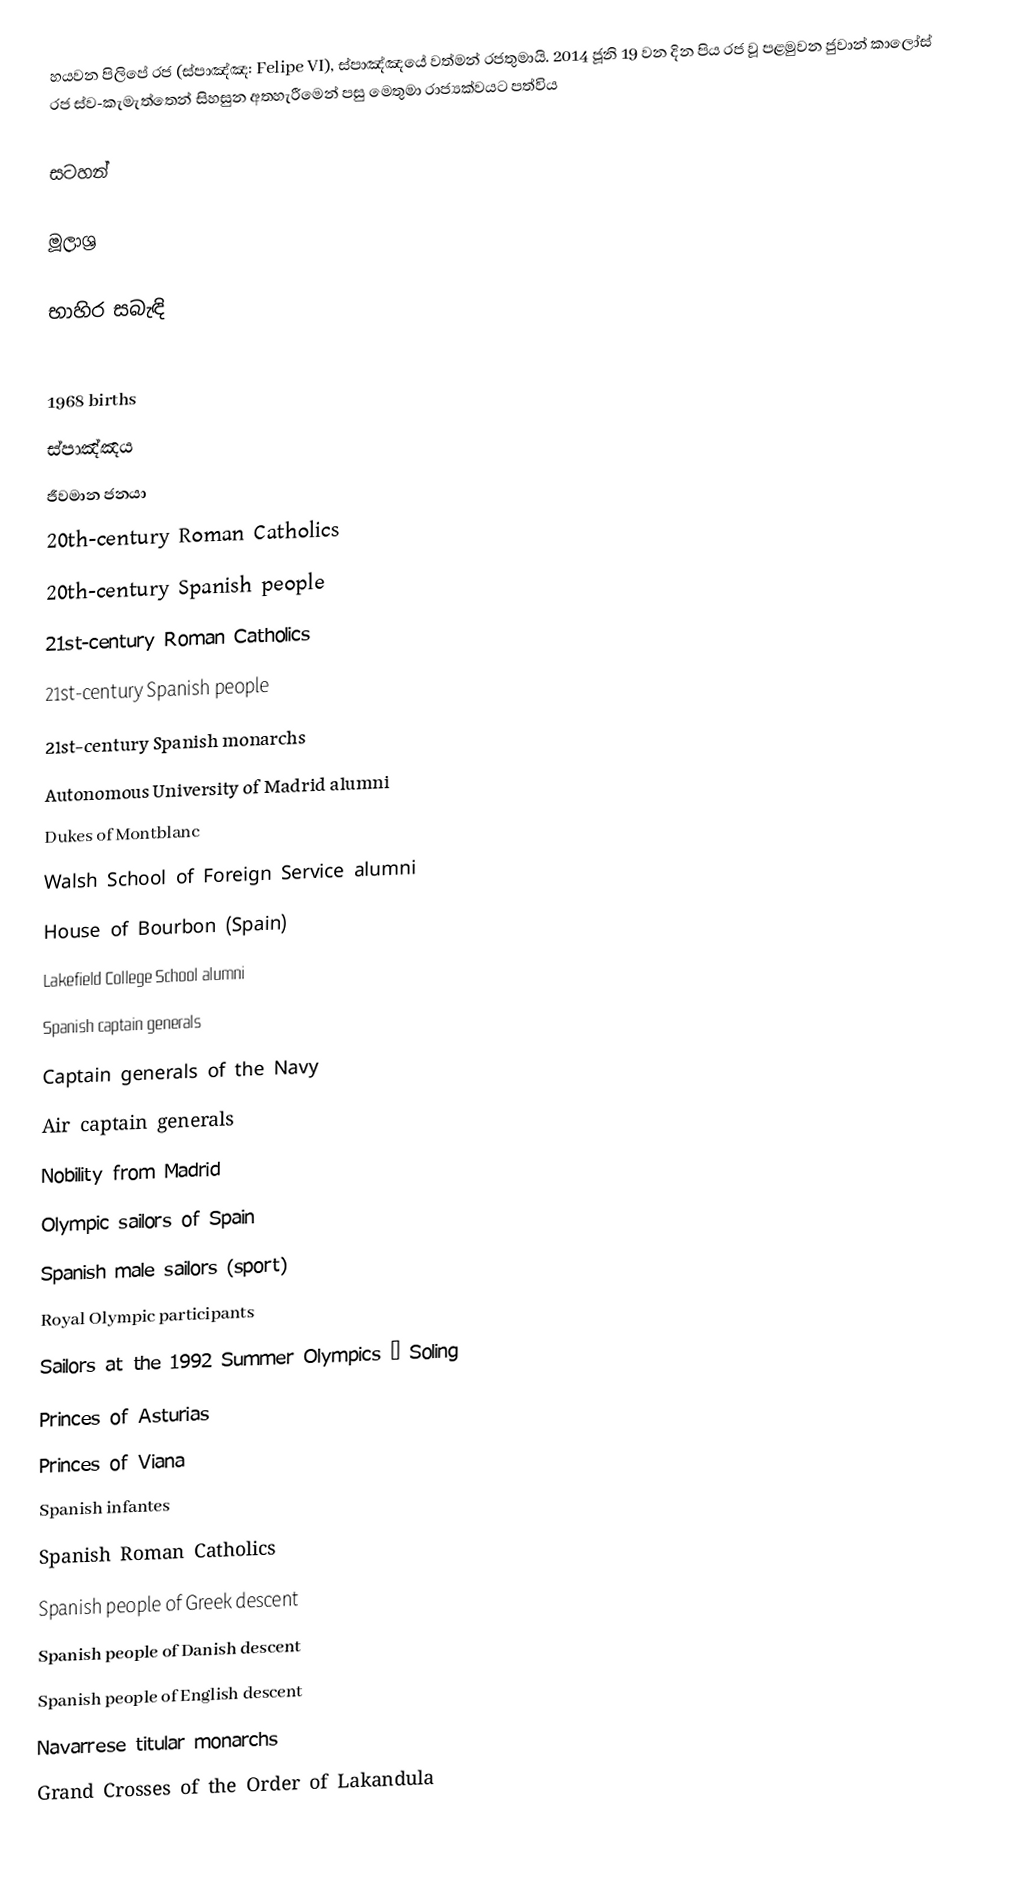
හයවන පිලිපේ රජ (ස්පාඤ්ඤ: Felipe VI), ස්පාඤ්ඤයේ වත්මන් රජතුමායි. 2014 ජූනි 19 වන දින පිය රජ වූ පළමුවන ජුවාන් කාලෝස් රජ  ස්ව-කැමැත්තෙන් සිහසුන අතහැරීමෙන් පසු මෙතුමා රාජ්‍යක්වයට පත්විය

සටහන්

මූලාශ්‍ර

භාහිර සබැඳි

1968 births
ස්පාඤ්ඤය
ජීවමාන ජනයා
20th-century Roman Catholics
20th-century Spanish people
21st-century Roman Catholics
21st-century Spanish people
21st-century Spanish monarchs
Autonomous University of Madrid alumni
Dukes of Montblanc
Walsh School of Foreign Service alumni
House of Bourbon (Spain)
Lakefield College School alumni
Spanish captain generals
Captain generals of the Navy
Air captain generals
Nobility from Madrid
Olympic sailors of Spain
Spanish male sailors (sport)
Royal Olympic participants
Sailors at the 1992 Summer Olympics – Soling
Princes of Asturias
Princes of Viana
Spanish infantes
Spanish Roman Catholics
Spanish people of Greek descent
Spanish people of Danish descent
Spanish people of English descent
Navarrese titular monarchs
Grand Crosses of the Order of Lakandula